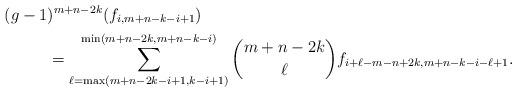
LaTeX: \begin{align*}(g-1&)^{m+n-2 k}(f_{i,m+n-k-i+1})\\&=\sum_{\ell=\max(m+n-2 k-i+1,k-i+1)}^{\min(m+n-2 k,m+n-k-i)} \binom{m+n-2 k}{\ell}f_{i+\ell-m-n+2 k,m+n-k-i-\ell+1}.\end{align*}